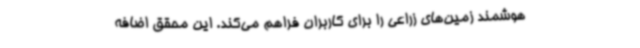
هوشمند زمین‌های زراعی را برای کاربران فراهم می‌کند. این محقق اضافه